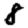
Digit: 8